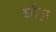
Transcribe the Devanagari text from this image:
धौल